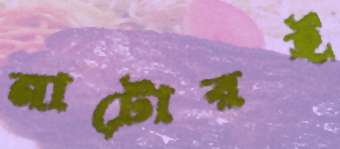
নাটোরই